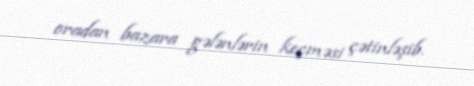
oradan bazara gələnlərin keçməsi çətinləşib.